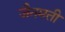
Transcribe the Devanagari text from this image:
जैनमती